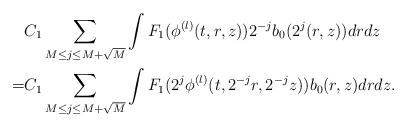
LaTeX: \begin{align*}&C_1 \sum_{M\le j\le M+\sqrt M} \int F_1 (\phi^{(l)}(t,r,z) ) 2^{-j} b_0(2^j(r,z)) dr dz \\= & C_1 \sum_{M \le j\le M+\sqrt M} \int F_1( 2^j \phi^{(l)}(t,2^{-j} r, 2^{-j}z) ) b_0(r,z) dr dz. \end{align*}